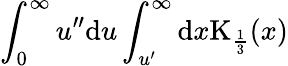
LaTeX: \int_{0}^{\infty}u^{\prime\prime}\mathrm{d}u\int_{u^{\prime}}^{\infty}\mathrm{d}x\mathrm{K}_{\frac{1}{3}}(x)